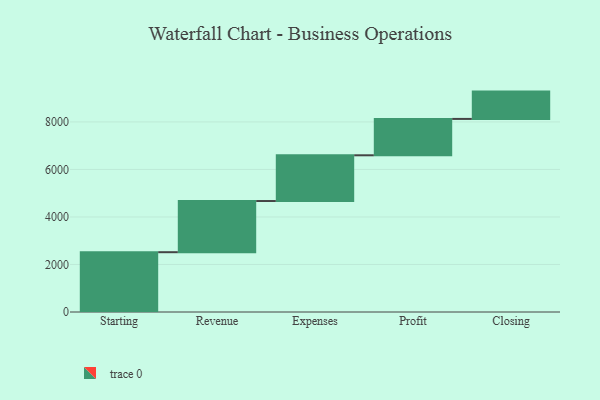
{"axis": {"x": "Step", "y": "Value"}, "legend": [""], "data": [{"x": "Starting", "y": 2517.0, "type": ""}, {"x": "Revenue", "y": 2154.0, "type": ""}, {"x": "Expenses", "y": 1925.0, "type": ""}, {"x": "Profit", "y": 1531.0, "type": ""}, {"x": "Closing", "y": 1150.0, "type": ""}]}